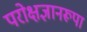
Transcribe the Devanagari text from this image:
परोक्षज्ञानरूपा